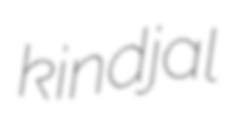
kindjal